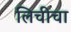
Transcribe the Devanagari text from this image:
लिचीचा